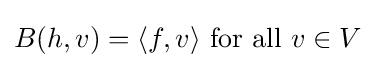
B(h,v)=\langle f,v\rangle {\mbox{ for all }}v\in V